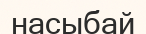
насыбай